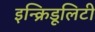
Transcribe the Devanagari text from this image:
इन्क्रिडूलिटी